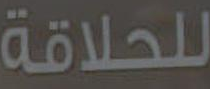
للحلاقة